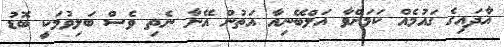
އާދައިގެ ގައުމެއް ކަމަށްވާ އަލްބޭނިއާ އަތުން އޭނާ ނެތި ވެސް ބަލިވުމަކީ ބޮޑު